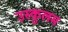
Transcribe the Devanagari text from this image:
उस्कुलम